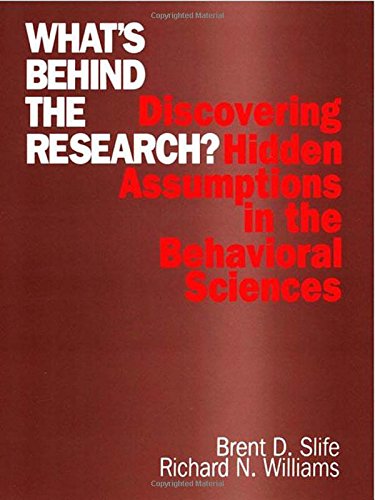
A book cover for What's Behind the Research?: Discovering Hidden Assumptions in the Behavioral Sciences; Brent D. (Donald) Slife; Politics & Social Sciences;